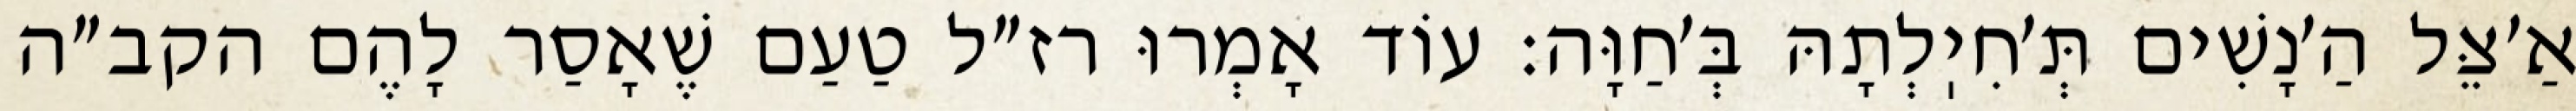
אַ׳צֵּל הַ׳נָשִׁים תְּ׳חִיֽלְתָהּ בְּ׳חַוָּה: עוֹד אָמְרוּ רז״ל טַעַם שֶׁאָסַר לָהֶם הקב״ה